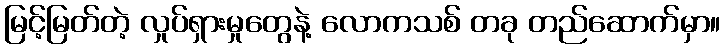
မြင့်မြတ်တဲ့ လှုပ်ရှားမှုတွေနဲ့ လောကသစ် တခု တည်ဆောက်မှာ။